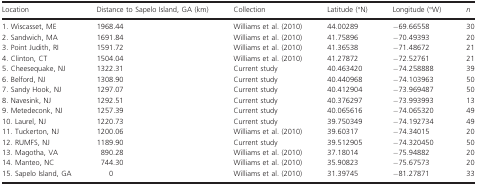
<table><thead><tr><td><b>Location</b></td><td><b>Distance to Sapelo Island, GA (km)</b></td><td><b>Collection</b></td><td><b>Latitude (°N)</b></td><td><b>Longitude (°W)</b></td><td><b><i>n</i></b></td></tr></thead><tbody><tr><td>1. Wiscasset, ME</td><td>1968.44</td><td>Williams et al. (2010)</td><td>44.00289</td><td>−69.66558</td><td>30</td></tr><tr><td>2. Sandwich, MA</td><td>1691.84</td><td>Williams et al. (2010)</td><td>41.75896</td><td>−70.49393</td><td>20</td></tr><tr><td>3. Point Judith, RI</td><td>1591.72</td><td>Williams et al. (2010)</td><td>41.36538</td><td>−71.48672</td><td>21</td></tr><tr><td>4. Clinton, CT</td><td>1504.04</td><td>Williams et al. (2010)</td><td>41.27872</td><td>−72.52761</td><td>21</td></tr><tr><td>5. Cheesequake, NJ</td><td>1322.31</td><td>Current study</td><td>40.463420</td><td>−74.258888</td><td>39</td></tr><tr><td>6. Belford, NJ</td><td>1308.90</td><td>Current study</td><td>40.440968</td><td>−74.103963</td><td>50</td></tr><tr><td>7. Sandy Hook, NJ</td><td>1297.07</td><td>Current study</td><td>40.412904</td><td>−73.969487</td><td>50</td></tr><tr><td>8. Navesink, NJ</td><td>1292.51</td><td>Current study</td><td>40.376297</td><td>−73.993993</td><td>13</td></tr><tr><td>9. Metedeconk, NJ</td><td>1257.39</td><td>Current study</td><td>40.065616</td><td>−74.065320</td><td>49</td></tr><tr><td>10. Laurel, NJ</td><td>1220.73</td><td>Current study</td><td>39.750349</td><td>−74.192734</td><td>49</td></tr><tr><td>11. Tuckerton, NJ</td><td>1200.06</td><td>Williams et al. (2010)</td><td>39.60317</td><td>−74.34015</td><td>20</td></tr><tr><td>12. RUMFS, NJ</td><td>1189.90</td><td>Current study</td><td>39.512905</td><td>−74.320450</td><td>50</td></tr><tr><td>13. Magotha, VA</td><td>890.28</td><td>Williams et al. (2010)</td><td>37.18014</td><td>−75.94882</td><td>20</td></tr><tr><td>14. Manteo, NC</td><td>744.30</td><td>Williams et al. (2010)</td><td>35.90823</td><td>−75.67573</td><td>20</td></tr><tr><td>15. Sapelo Island, GA</td><td>0</td><td>Williams et al. (2010)</td><td>31.39745</td><td>−81.27871</td><td>33</td></tr></tbody></table>